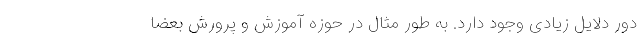
دور دلایل زیادی وجود دارد. به طور مثال در حوزه آموزش و پرورش بعضا